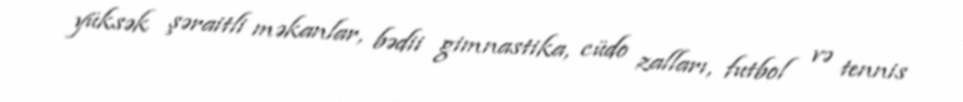
yüksək şəraitli məkanlar, bədii gimnastika, cüdo zalları, futbol və tennis